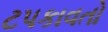
ટપકાવતો